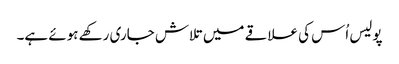
پولیس اُس کی علاقے میں تلاش جاری رکھے ہوئے ہے۔